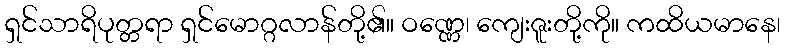
ရှင်သာရိပုတ္တရာ ရှင်မောဂ္ဂလာန်တို့၏။ ဝဏ္ဏေ၊ ကျေးဇူးတို့ကို။ ကထိယမာနေ၊